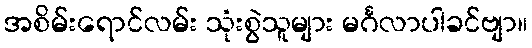
အစိမ်းရောင်လမ်း သုံးစွဲသူများ မင်္ဂလာပါခင်ဗျာ။